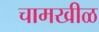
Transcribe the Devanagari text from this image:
चामखीळ